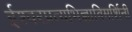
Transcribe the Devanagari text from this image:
ईश्वरप्रत्यभिज्ञाविमर्शिनी